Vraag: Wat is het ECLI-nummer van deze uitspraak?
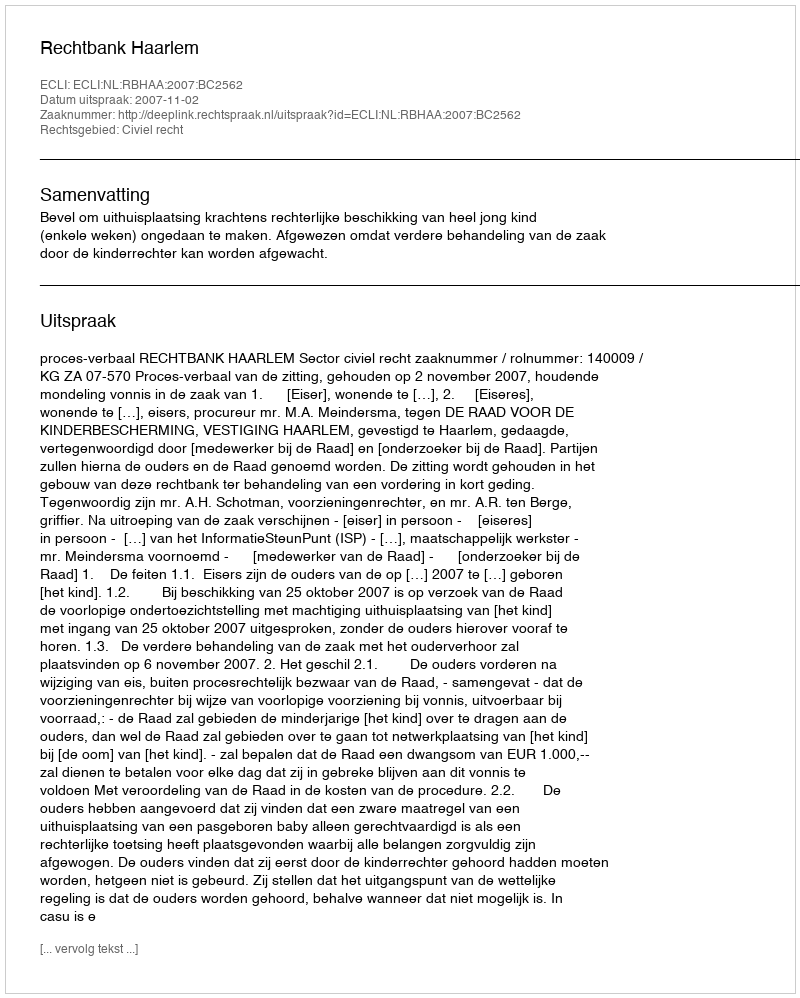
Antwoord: ECLI:NL:RBHAA:2007:BC2562